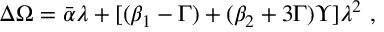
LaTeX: \Delta \Omega = { \bar { \alpha } } \lambda + [ ( \beta _ { 1 } - \Gamma ) + ( \beta _ { 2 } + 3 \Gamma ) \Upsilon ] \lambda ^ { 2 } \ ,